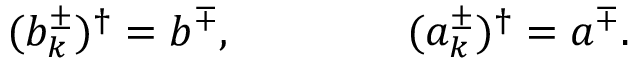
( b _ { k } ^ { \pm } ) ^ { \dag } = b ^ { \mp } , \qquad \qquad ( a _ { k } ^ { \pm } ) ^ { \dag } = a ^ { \mp } .